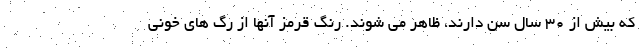
که بیش از 30 سال سن دارند، ظاهر می شوند. رنگ قرمز آنها از رگ های خونی